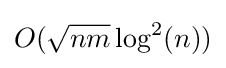
O({\sqrt {nm}}\log ^{2}(n))